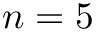
n = 5